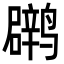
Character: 䴙